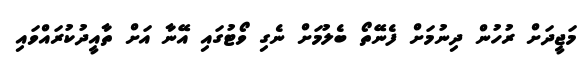
މަޖީދަށް ރުހުން ދިނުމަށް ފެނޭތޯ ބެލުމަށް ނެގި ވޯޓުގައި އޭނާ އަށް ތާއީދުކުރައްވައި